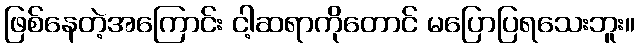
ဖြစ်နေတဲ့အကြောင်း ငါ့ဆရာကိုတောင် မပြောပြရသေးဘူး။